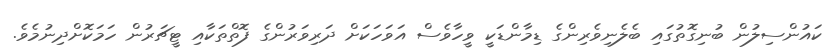
ކައުންސިލުން ބުނިގޮތުގައި ބެލެނިވެރިންގެ ޑިމާންޑަކީ ވީހާވެސް އަވަހަކަށް ދަރިވަރުންގެ ފޮތްތަކާއި ޓީޗަރުން ހަމަކޮށްދިނުމެވެ.